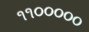
૧૧૦૦૦૦૦